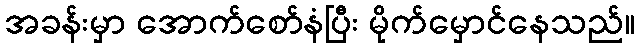
အခန်းမှာ အောက်စော်နံပြီး မိုက်မှောင်နေသည်။